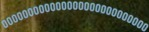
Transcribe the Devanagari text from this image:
०००००००००००००००००००००००००००